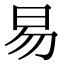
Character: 易